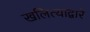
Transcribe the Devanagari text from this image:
खलित्याद्वारे